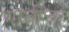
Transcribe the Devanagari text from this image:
गांवीचा